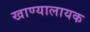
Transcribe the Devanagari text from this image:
खाण्यालायक